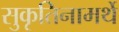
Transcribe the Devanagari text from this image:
सुकृतिनामर्थे